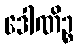
ဒေါဏိဉ္စ